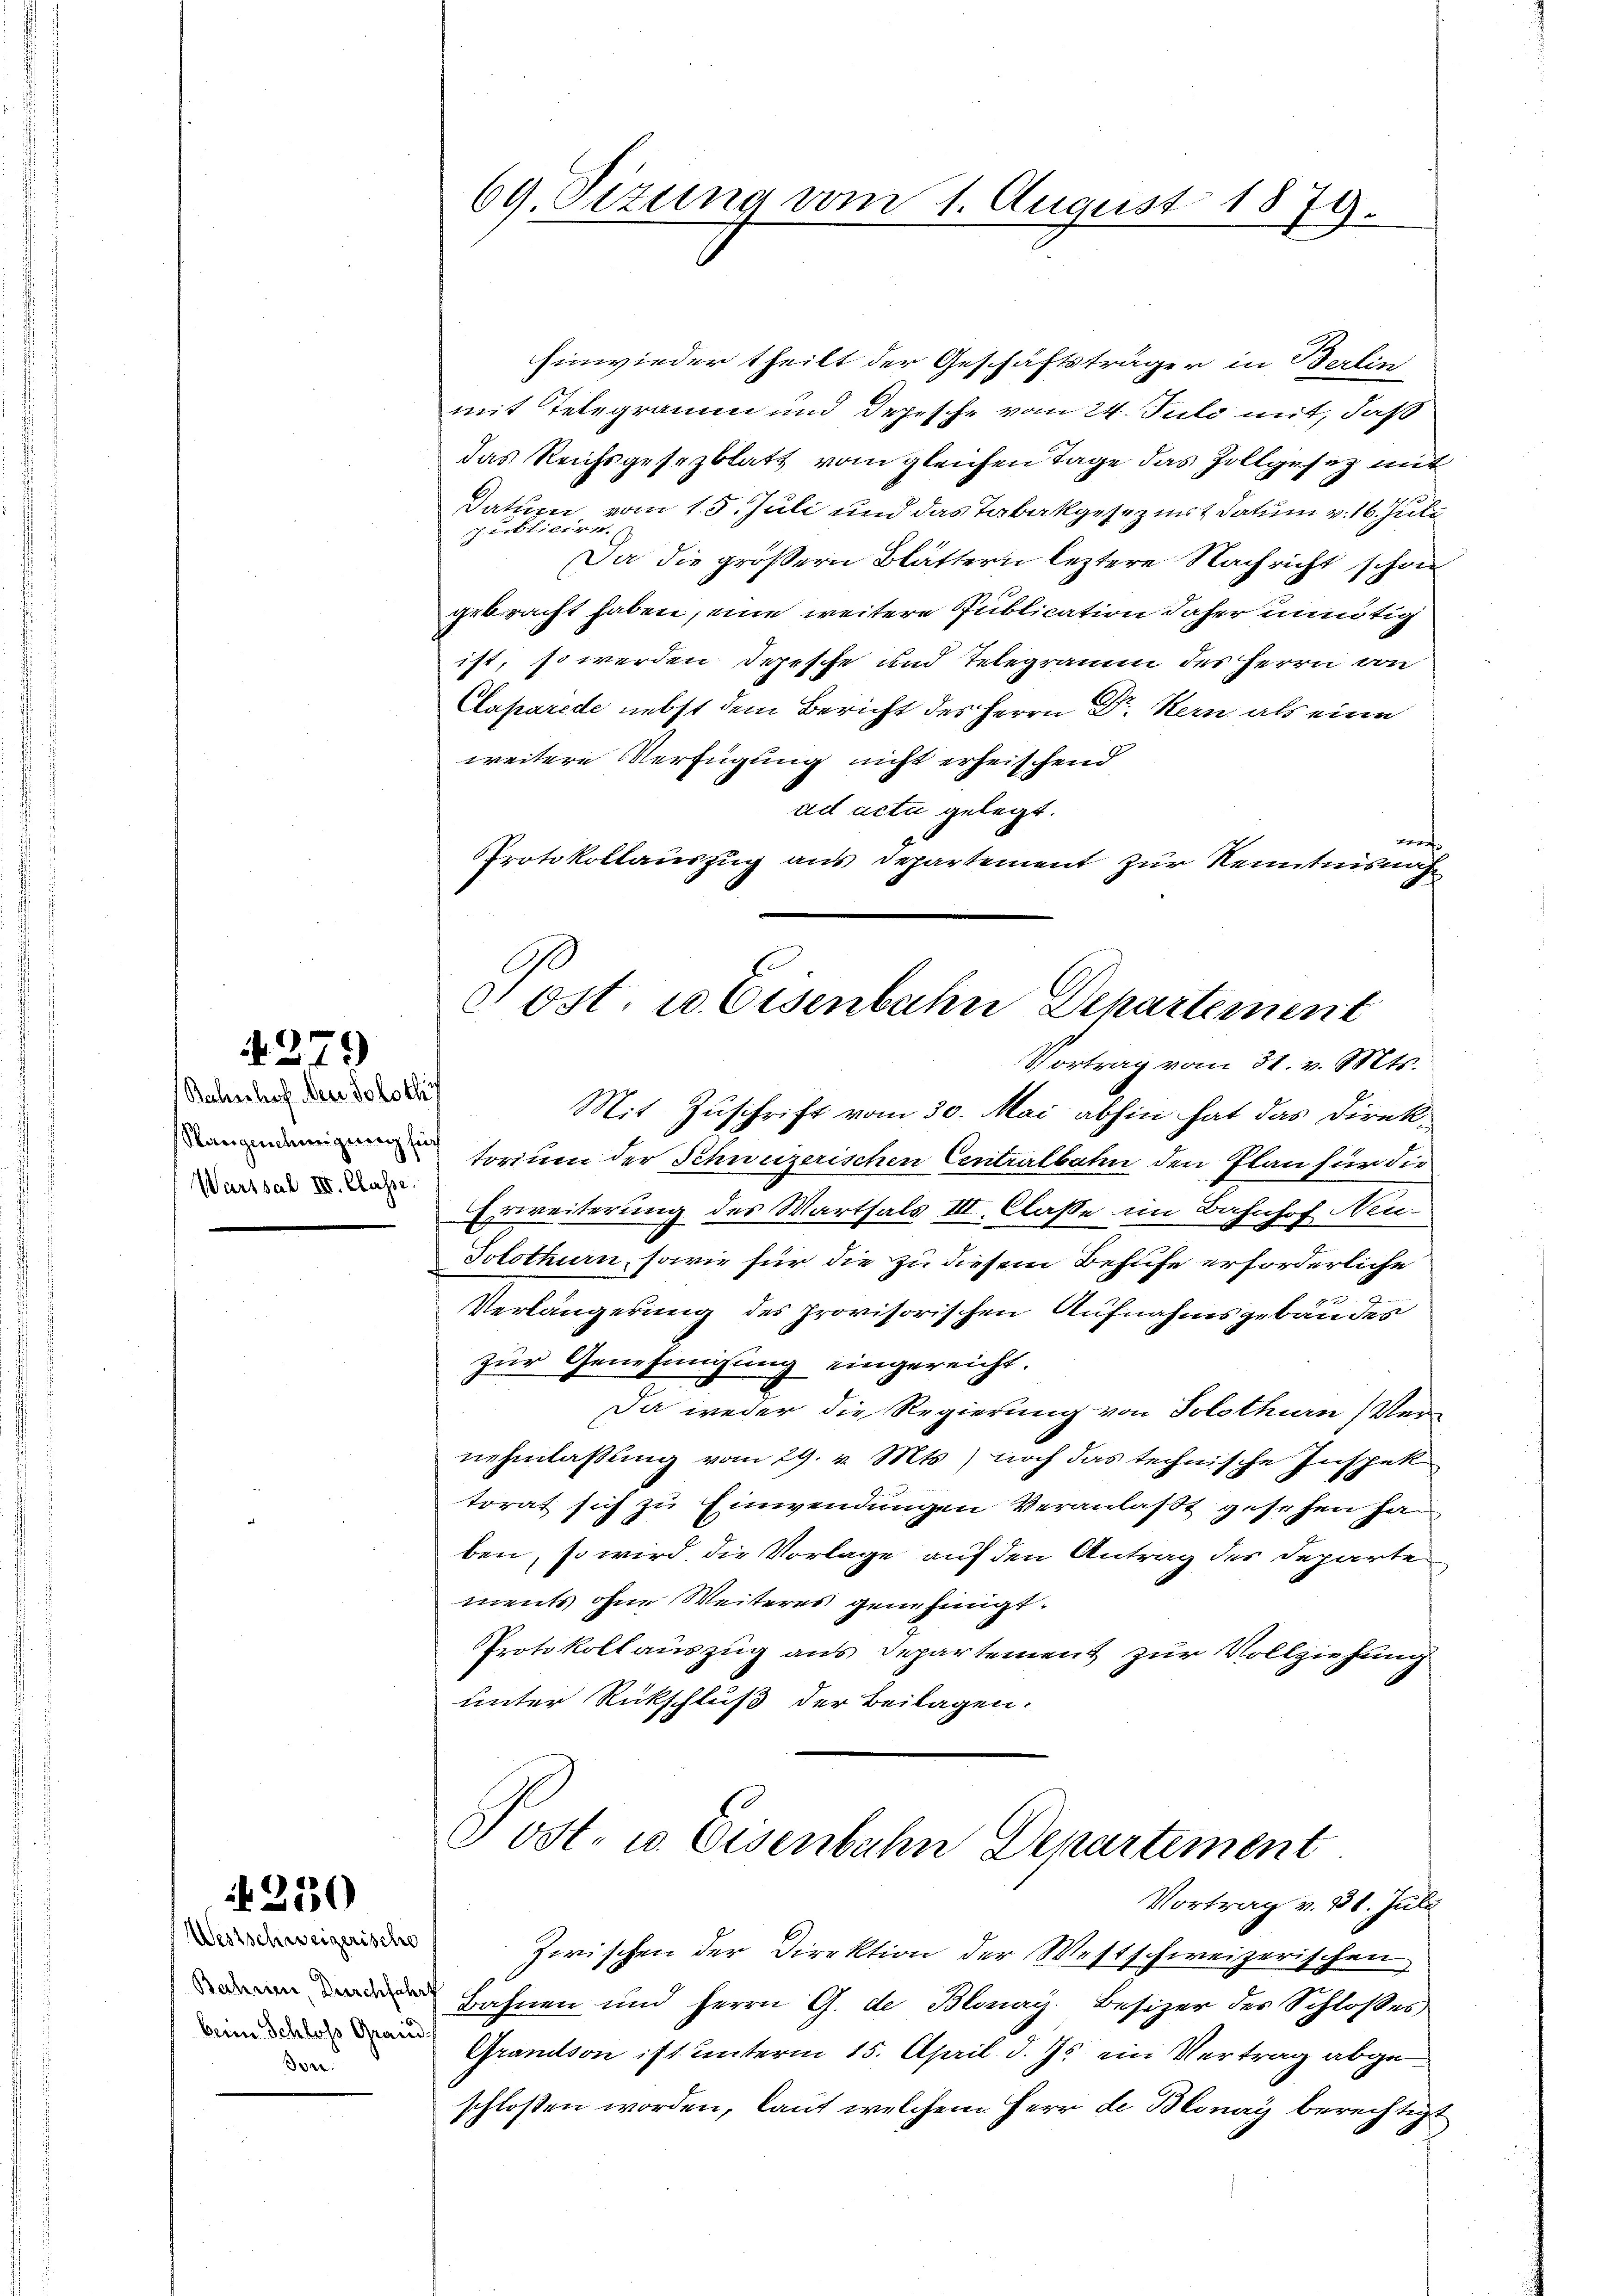
2550

N. 279

Bahnshof den Solothy
Rangendemigung für
Warssal III. Classe.

hinwieder theilt der Geschäftsträger in Berlin
mit Telegramm und Depesche vom 24. Juli mit, daß
das Reichsgesezblatt vom gleichen Tage das Zollgesez mit
Datum vom 15. Juli und das Tabakgesezmit Datum v. 16. Juli
spublicire.
Da die größern Blättern leztere Nachricht schon
gebracht haben, eine weitere Publication daher unmutig
ist, so werden Depesche und Telegramm des Herrn von
Claparede nebst dem Bericht des Herrn Dr. Stern als eine
weitere Verfügung nicht erheischend
ad acti gelegt.
er
Protokollauszug aus Departement zur Kenntnisnah¬

Westschweizerische
Bahren, Durchfahrt
bern Schloss Grand
don.

69 Sizung vom 1. August 1879.

Tost. u Eisenbahn Departement
Vortrag vom 31. v. Mts.

Mit Zuschrift vom 30. Mai abhin hat das Direktorium der Schweizerischen Centralbahn den Plan für die
Erweiterung des Warthals III. Classe im Bahnhof Neu¬
Solothurn, sowie für die zu diesem Behufe erforderliche
Verlängerung des provisorischen Aufnahmsgebäudes
zur Genehmigung eingereicht.
Da weder die Regierung von Solothurn, Vernehmlassung vom 29. v. Mts) noch das technische Inspek
torat sich zu Einwendungen Veranlaßt gesehen ha
ben, so wird die Vorlage auf den Antrag der Departe
ments ohne Weiteres genehmigt.
Protokollauszug aus Departement zur Vollziehung
unter Rückschluß der Beilagen.

Zwischen der Direktion der Westschweizerischen
Bahnen und Herrn G. de Blonay. Besizer des Schloßes
Grandson ist unterm 15. April d. Js. ein Vertrag abgeschloßen worden, laut welchem Herr de Blonay berechtigt

Post- u. Eisenbahn Departement
Vortrag v. 31. Juli